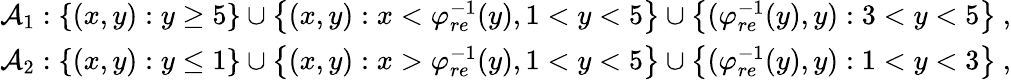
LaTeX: \begin{array}{r}{\mathcal{A}_{1}:\left\{ (x,y):y\geq 5\right\} \cup\left\{ (x,y):x<\varphi_{re}^{-1}(y),1<y<5\right\} \cup\left\{ (\varphi_{re}^{-1}(y),y):3<y<5\right\} \ ,}\\ {\mathcal{A}_{2}:\left\{ (x,y):y\leq 1\right\} \cup\left\{ (x,y):x>\varphi_{re}^{-1}(y),1<y<5\right\} \cup\left\{ (\varphi_{re}^{-1}(y),y):1<y<3\right\} \ ,}\end{array}